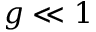
g \ll 1